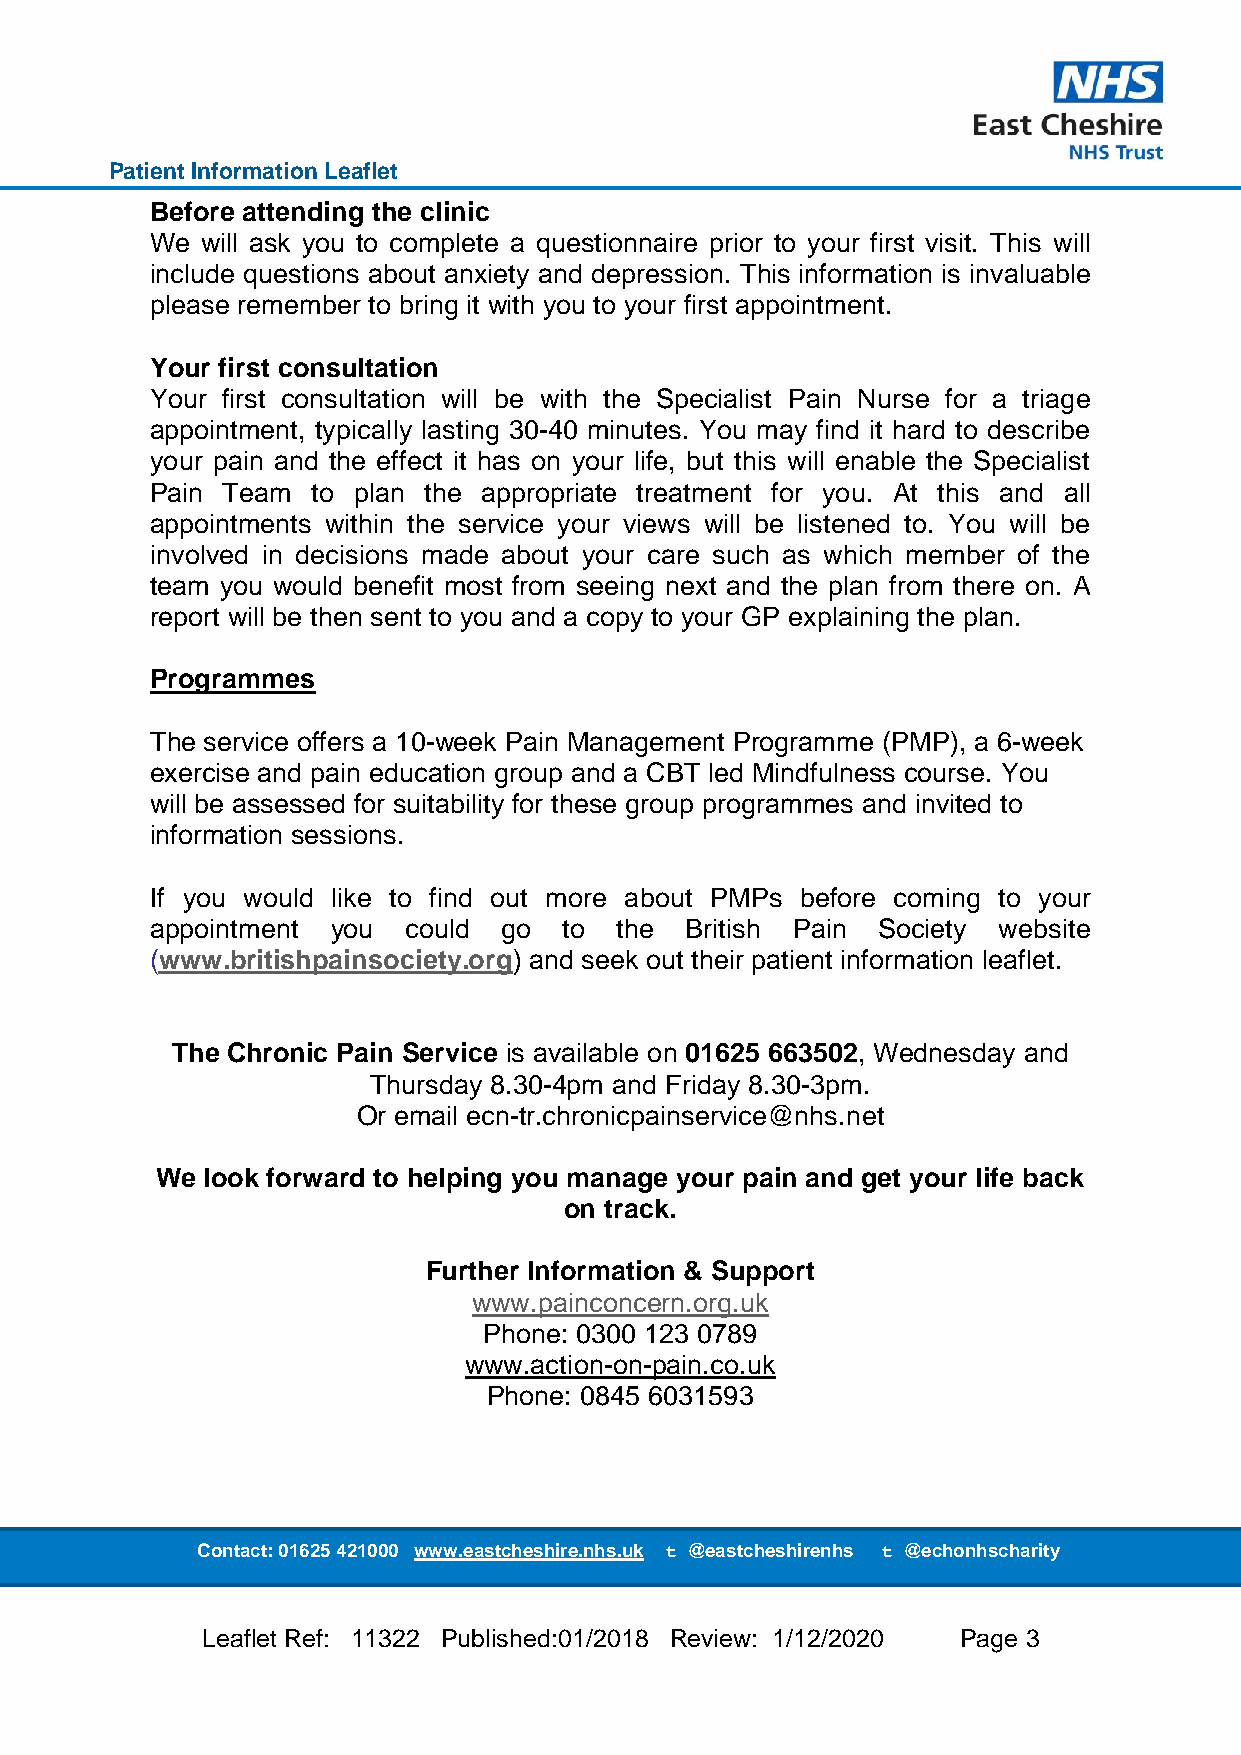
Patient Information Leaflet
 Before attending the clinic
 We will ask you to complete a questionnaire prior to your first visit. This will
 include questions about anxiety and depression. This information is invaluable
 please remember to bring it with you to your first appointment.
 Your first consultation
 Your first consultation will be with the Specialist Pain Nurse for a triage
 appointment, typically lasting 30-40 minutes. You may find it hard to describe
 your pain and the effect it has on your life, but this will enable the Specialist
 Pain Team  to plan the appropriate treatment for you. At this and all
 appointments within the service your views will be listened to. You will be
 involved in decisions made about your care such as which member of the
 team you would benefit most from seeing next and the plan from there on. A
 report will be then sent to you and a copy to your GP explaining the plan.
 Programmes
 The service offers a 10-week Pain Management Programme (PMP), a 6-week
 exercise and pain education group and a CBT led Mindfulness course. You
 will be assessed for suitability for these group programmes and invited to
 information sessions.
 If you would like to find out more about PMPs before coming to your
 appointment you  could go  to  the British Pain Society website
 (www.britishpainsociety.org) and seek out their patient information leaflet.
 The Chronic Pain Service is available on 01625 663502, Wednesday and
 Thursday 8.30-4pm and Friday 8.30-3pm.
 Or email ecn-tr.chronicpainservice@nhs.net
 We  look forward to helping you manage your pain and get your life back
 on track.
 Further Information & Support
 www.painconcern.org.uk
 Phone: 0300 123 0789
 www.action-on-pain.co.uk
 Phone: 0845 6031593
 Contact: 01625 421000 www.eastcheshire.nhs. uk t @eastcheshirenhs t @echonhscharity
 Leaflet Ref: 11322 Published:01/2018 Review: 1/12/2020 Page 3